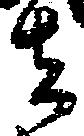
者